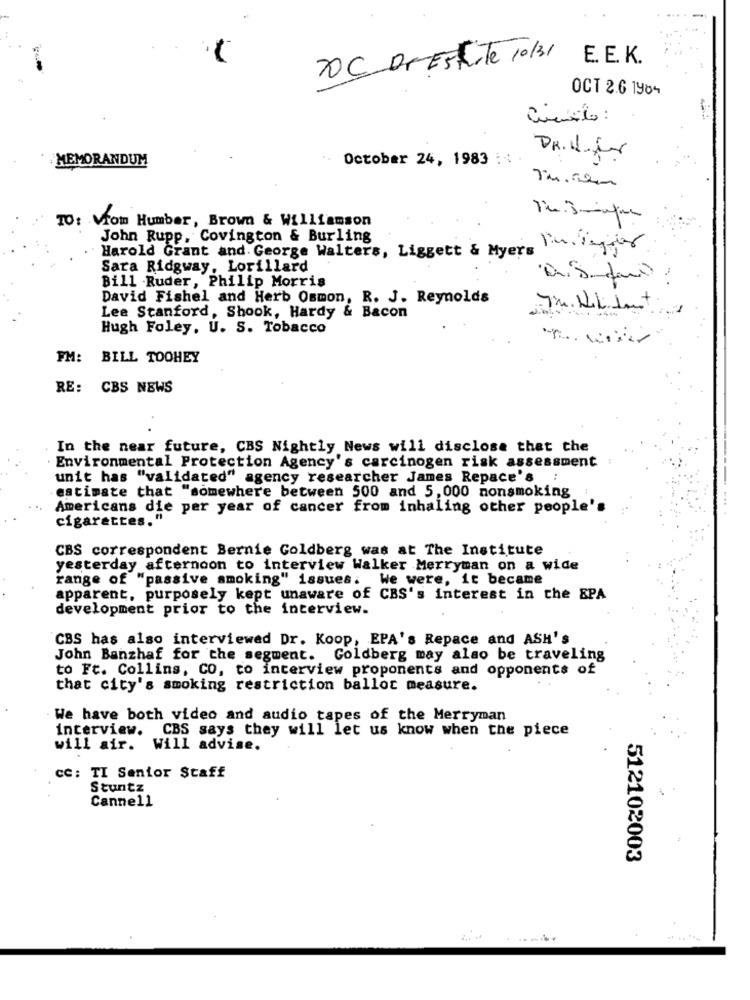
DOC DNESToute 10/31
E. E. K.
OCT 2.6 1984
MEMORANDUM
October 24, 1983 ::
Tu.com
TO: Viom Humber, Brown & Williamson
John Rupp, Covington & Burling
Harold Grant and. George Walters, Liggett & Myers
Sara Ridgway, Lorillard
Bill Ruder, Philip Morris
David Fishel and Herb Osmon, R. J. Reynolds
Lee Stanford, Shook, Hardy & Bacon
Hugh Foley, U. S. Tobacco
FM:
BILL TOOHEY
RE: CBS NEWS
In the near future, CBS Nightly News will disclose that the
Environmental Protection Agency's carcinogen risk assessment :
unit has "validated" agency researcher James Repace's
estimate that "somewhere between 500 and 5,000 nonsmoking
Americans die per year of cancer from inhaling other people's
cigarettes.
CBS correspondent Bernie Goldberg was at The Institute
yesterday afternoon to interview Walker Merryman on a wide
range of "passive smoking" issues. We were, it became
apparent, purposely kept unaware of CBS's interest in the EPA
development prior to the interview.
CBS has also interviewed Dr. Koop, EPA's Repace and ASH'S
John Banzhaf for the segment. Goldberg may also be traveling
to Ft. Collins, CO, to interview proponents and opponents of
that city's smoking restriction ballot measure.
We have both video and audio tapes of the Merryman
interview. CBS says they will let us know when the piece
will air. Will advise.
CC: TI Senior Staff
Stuntz
Cannell
512102003